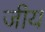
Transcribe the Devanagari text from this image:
जीय